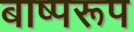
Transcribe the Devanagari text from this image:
बाष्परूप